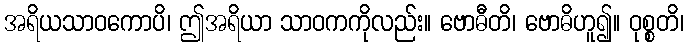
အရိယသာဝကောပိ၊ ဤအရိယာ သာဝကကိုလည်း။ ဗောဓီတိ၊ ဗောဓိဟူ၍။ ဝုစ္စတိ၊